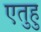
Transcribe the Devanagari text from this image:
एतुहु